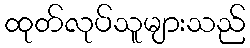
ထုတ်လုပ်သူများသည်